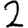
Digit: 2